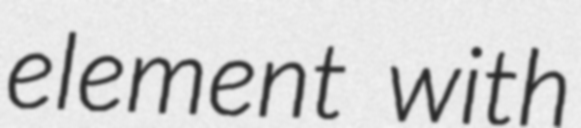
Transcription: element with